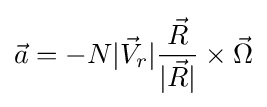
{\vec {a}}=-N|{\vec {V}}_{r}|{\frac {\vec {R}}{|{\vec {R}}|}}\times {\vec {\Omega }}